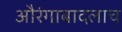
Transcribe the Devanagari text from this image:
औरंगाबादलाच